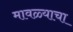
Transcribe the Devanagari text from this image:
मावळ्याचा